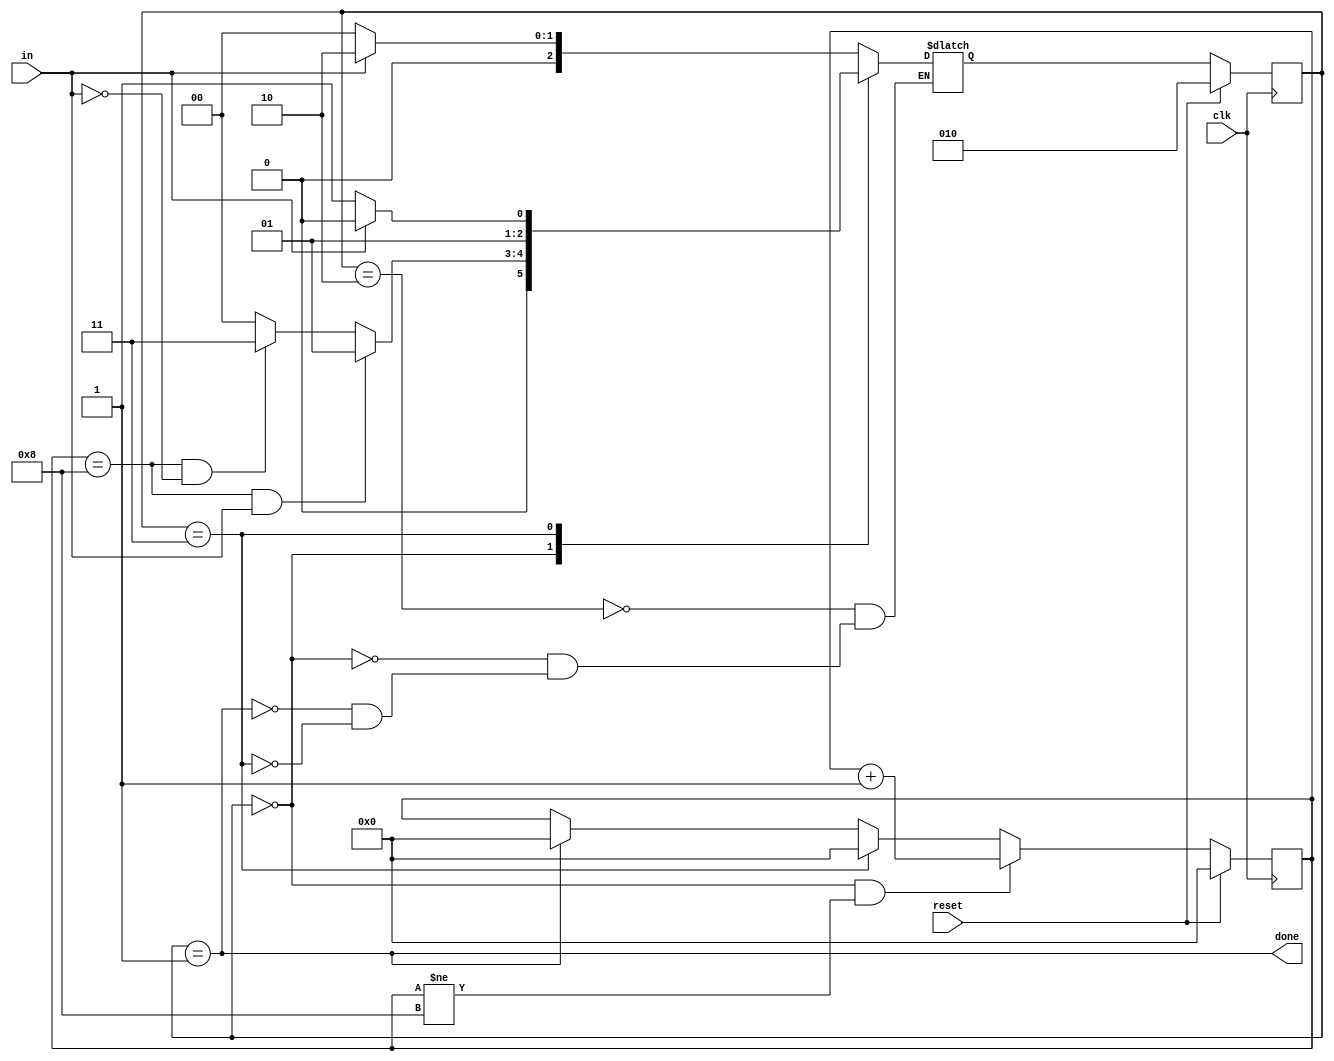
// This program was cloned from: https://github.com/matthewdelorenzo/CreativEval
// License: BSD 3-Clause "New" or "Revised" License

module top_module(
    input clk,
    input in,
    input reset,    // Synchronous reset
    output done
); 

    reg [3:0] i;
    parameter rc = 0, dn = 1, rd = 2, err = 3;
    reg [2:0] state, next_state;

    always @(*) begin
        case (state)
            rd: next_state <= in ? rd : rc;
            rc: begin
                if ((i == 8) & in) begin
                    next_state <= dn;
                end
                else if ((i == 8) & (~in)) begin
                    next_state <= err;
                end
                else begin
                    next_state <= rc;
                end
            end
            dn: next_state <= in ? rd : rc;
            err: next_state <= in ? rd : err;
        endcase
    end

    always @(posedge clk) begin
        if (reset) begin
            state <= rd;
            i <= 0;
        end
        else begin
            if ((state == rc) && (i != 8)) begin
                i <= i + 1;
            end
            else if (state == err) begin
                i <= 0;
            end
            else if (state == dn) begin
                i <= 0;
            end
            state <= next_state;
        end
    end

    assign done = (state == dn);

endmodule